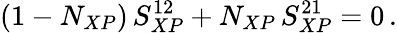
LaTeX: \left(1-N_{XP}\right)\, S_{XP}^{12}+N_{XP}\, S_{XP}^{21}=0\, .